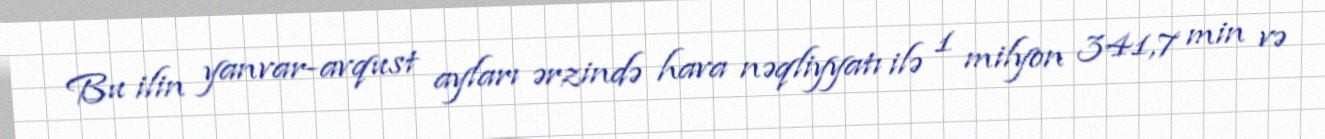
Bu ilin yanvar-avqust ayları ərzində hava nəqliyyatı ilə 1 milyon 341,7 min və